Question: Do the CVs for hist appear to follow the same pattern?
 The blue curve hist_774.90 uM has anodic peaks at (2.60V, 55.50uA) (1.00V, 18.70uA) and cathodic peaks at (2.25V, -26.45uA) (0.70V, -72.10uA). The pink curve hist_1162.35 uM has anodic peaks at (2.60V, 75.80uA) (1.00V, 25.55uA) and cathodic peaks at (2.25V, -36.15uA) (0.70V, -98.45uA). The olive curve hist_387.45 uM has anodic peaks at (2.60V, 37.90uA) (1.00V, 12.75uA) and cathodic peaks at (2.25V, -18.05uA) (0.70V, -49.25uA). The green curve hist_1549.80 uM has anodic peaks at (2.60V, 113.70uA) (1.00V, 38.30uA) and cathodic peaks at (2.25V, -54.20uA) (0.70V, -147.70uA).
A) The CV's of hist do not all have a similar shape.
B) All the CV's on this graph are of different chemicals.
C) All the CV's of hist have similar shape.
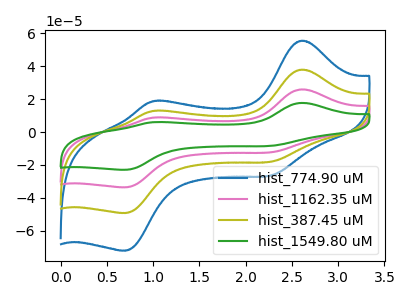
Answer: <think>All the peaks in "hist_774.90 uM" have a peak in "hist_1162.35 uM" at the same potential. Every peak in "hist_774.90 uM" is lower than every peak in "hist_1162.35 uM". All the peaks in "hist_774.90 uM" have a peak in "hist_387.45 uM" at the same potential. Every peak in "hist_774.90 uM" is higher than every peak in "hist_387.45 uM". All the peaks in "hist_774.90 uM" have a peak in "hist_1549.80 uM" at the same potential. Every peak in "hist_774.90 uM" is lower than every peak in "hist_1549.80 uM". All the peaks in "hist_1162.35 uM" have a peak in "hist_387.45 uM" at the same potential. Every peak in "hist_1162.35 uM" is higher than every peak in "hist_387.45 uM". All the peaks in "hist_1162.35 uM" have a peak in "hist_1549.80 uM" at the same potential. Every peak in "hist_1162.35 uM" is lower than every peak in "hist_1549.80 uM". All the peaks in "hist_387.45 uM" have a peak in "hist_1549.80 uM" at the same potential. Every peak in "hist_387.45 uM" is lower than every peak in "hist_1549.80 uM".
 </think>
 <answer>C) All the CV's of "hist" have similar shape.</answer>
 <eval>C</eval>